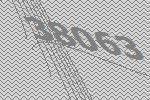
38063